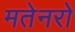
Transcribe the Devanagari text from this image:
मतेनरो